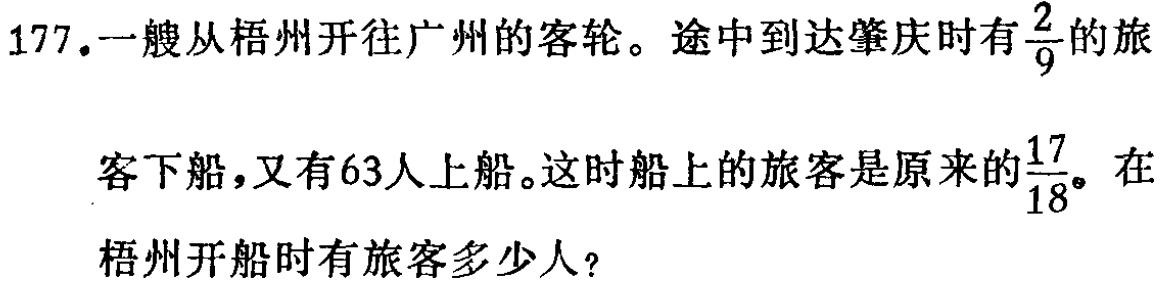
177.一艘从梧州开往广州的客轮。途中到达肇庆时有$\frac{2}{9}$的旅

客下船，又有63人上船。这时船上的旅客是原来的$\frac{17}{18}$。在

梧州开船时有旅客多少人？